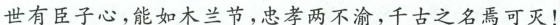
世有臣子心，能如木兰节，忠孝两不渝，千古之名焉可灭！